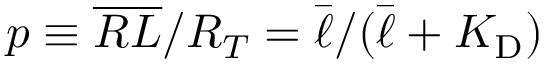
p \equiv \overline { { R L } } / R _ { T } = \bar { \ell } / ( \bar { \ell } + { K _ { \mathrm { D } } } )